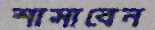
শাসাবেন